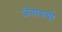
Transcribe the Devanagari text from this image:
जेवायचो